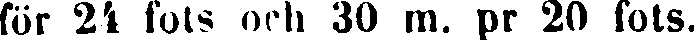
för 24 fots och 30 m. pr 20 fots.